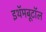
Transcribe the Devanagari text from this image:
इथॅमबूटॉल